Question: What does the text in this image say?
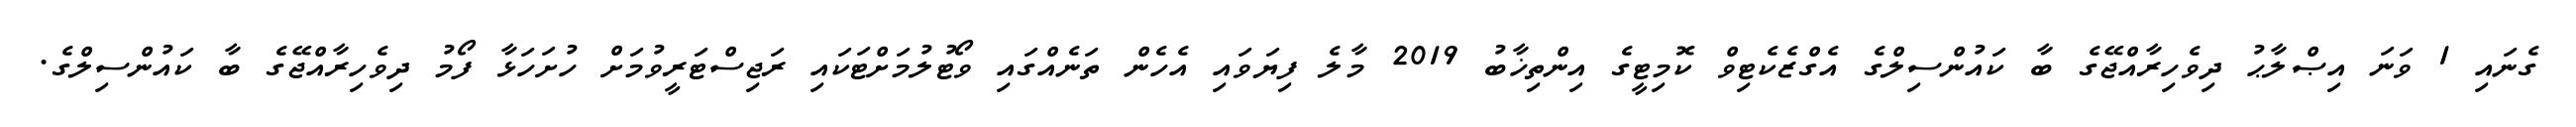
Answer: ގެނައި 1 ވަނަ އިޞްލާޙު ދިވެހިރާއްޖޭގެ ބާ ކައުންސިލްގެ އެގްޒެކެޓިވް ކޮމިޓީގެ އިންތިޚާބު 2019 މާލެ ފިޔަވައި އެހެން ތަނެއްގައި ވޯޓުލުމަށްޓަކައި ރަޖިސްޓަރީވުމަށް ހުށަހަޅާ ފޯމު ދިވެހިރާއްޖޭގެ ބާ ކައުންސިލްގެ.